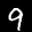
Label: 9